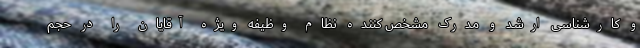
و کارشناسی ارشد و مدرک مشخص کننده نظام وظیفه ویژه آقایان را در حجم